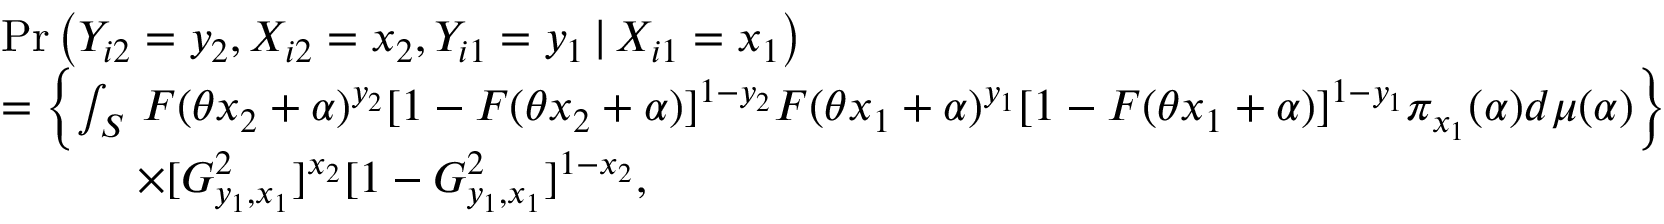
\begin{array} { r l } & { \operatorname* { P r } \left( Y _ { i 2 } = y _ { 2 } , X _ { i 2 } = x _ { 2 } , Y _ { i 1 } = y _ { 1 } \, | \, X _ { i 1 } = x _ { 1 } \right) } \\ & { = \left\{ \int _ { { \cal { S } } } \, F ( \theta x _ { 2 } + \alpha ) ^ { y _ { 2 } } [ 1 - F ( \theta x _ { 2 } + \alpha ) ] ^ { 1 - y _ { 2 } } F ( \theta x _ { 1 } + \alpha ) ^ { y _ { 1 } } [ 1 - F ( \theta x _ { 1 } + \alpha ) ] ^ { 1 - y _ { 1 } } \pi _ { x _ { 1 } } ( \alpha ) d \mu ( \alpha ) \right\} } \\ & { \quad \quad \quad \times [ G _ { y _ { 1 } , x _ { 1 } } ^ { 2 } ] ^ { x _ { 2 } } [ 1 - G _ { y _ { 1 } , x _ { 1 } } ^ { 2 } ] ^ { 1 - x _ { 2 } } , } \end{array}